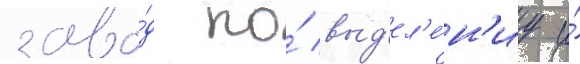
заво́д по́ выд'ел'е́н'иу и́